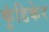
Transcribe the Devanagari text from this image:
कुंडिकेर